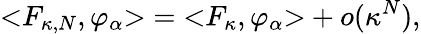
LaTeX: \mathopen<F_{\kappa,N},\varphi_{\alpha}\mathclose>=\mathopen<F_{\kappa},\varphi_{\alpha}\mathclose>+o(\kappa^{N}),